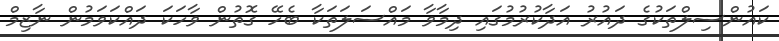
ކައުންސިލްތަކުގެ ދައުރު އަދާކުރުމުގައި ދިމާވާ މައްސަލަތަކާ ބެހޭ ގޮތުން ވާހަކަ ދައްކަވަމުން ނާޒިމް